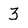
Character: 3